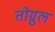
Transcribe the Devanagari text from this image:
तोग्रुल